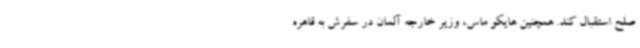
صلح استقبال کند. همچنین هایکو ماس، وزیر خارجه آلمان در سفرش به قاهره